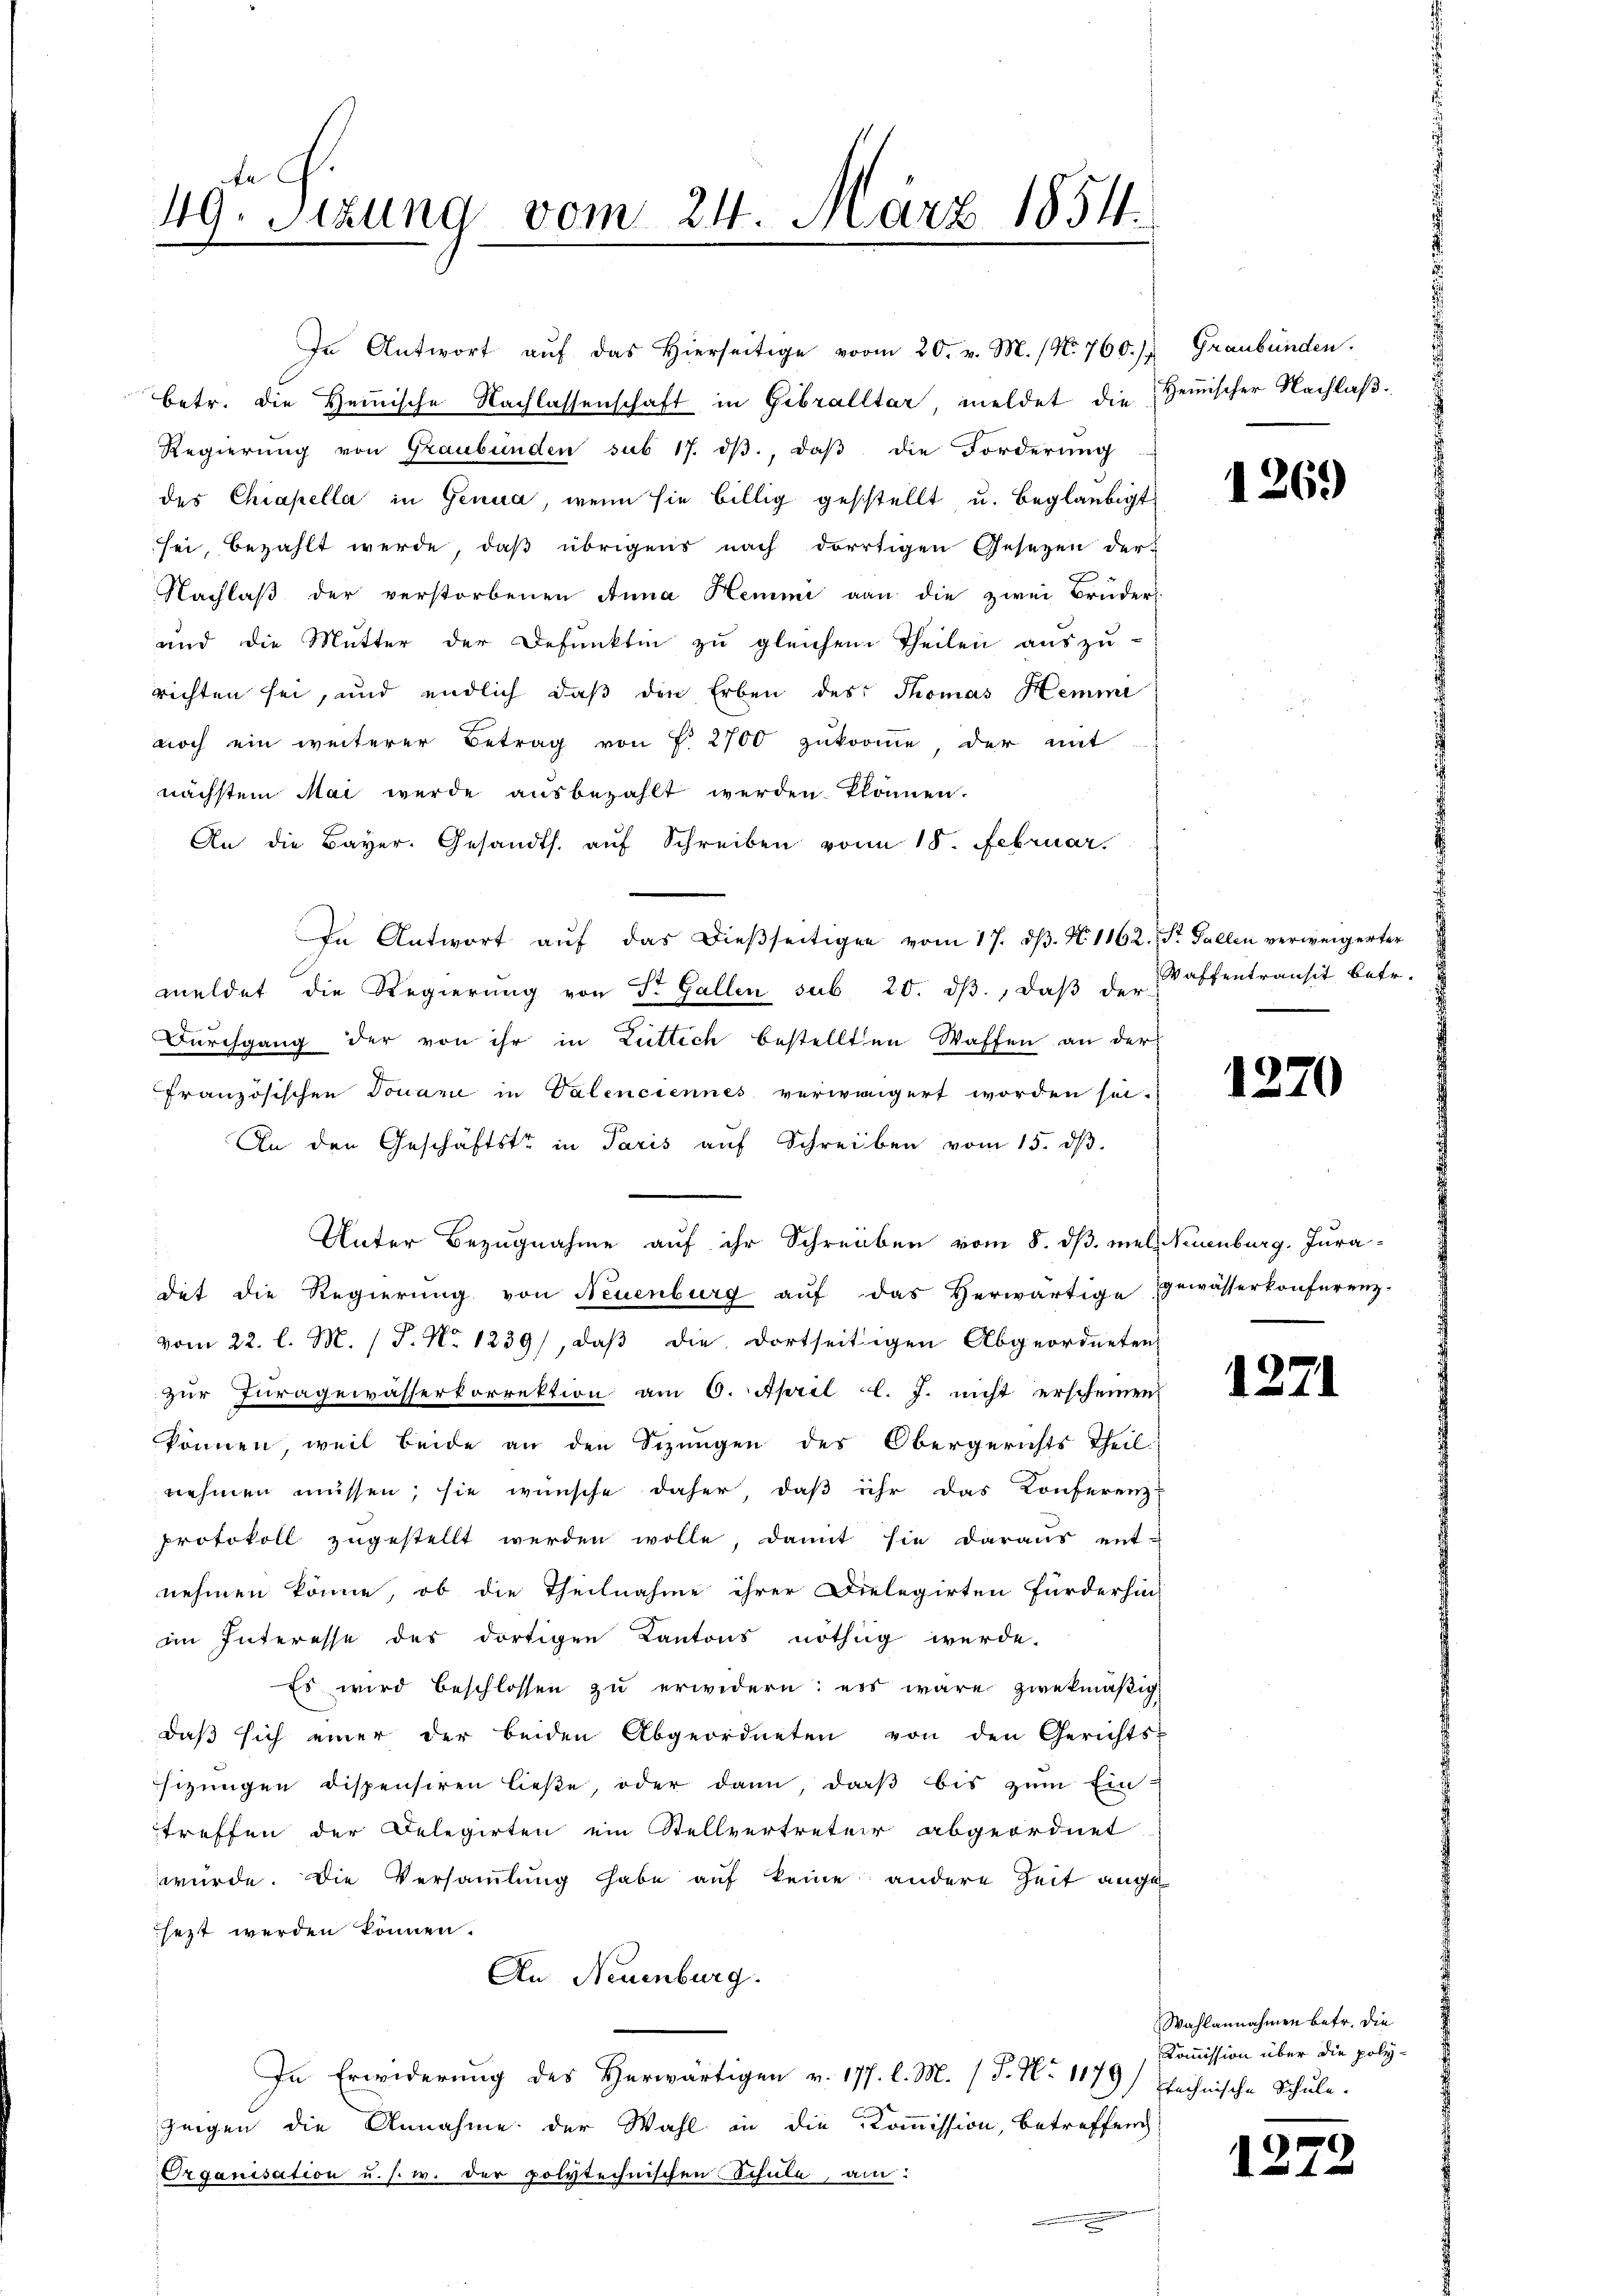
zu fr
49. Sizung vom 24. März 1854.

In Antwort aŭf das hierseitige vom 20. v. M. (N. 760.) Graubünden.
betr. die Heinische Nachlassenschaft in Gebralltar, meldet die Hemischer Nachlaß¬
Regierŭng von Graubünden sub 17. dβ, daβ die Forderŭng
des Chiapella in Genua, wenn sie billig gestellt u. beglaubigt
sei, bezahlt werde, daß übrigens nach dortigen Gesetzen der
Nachlaβ der verstorbenen Anna Hemmi van die zwei Brüder
und die Mutter der Defunkten zu gleichem Theilen auszu-
richten sei, und endlich daß den Erben des Thomas Hemmi
noch ein weiterer Betrag von P. 2700 zukomme, der mit
nächstem Mai wurde ausbezahlt werden Plänen.
An die Bayer. Gesandts. aŭf Schreiben vom 18. Februar.
In Antwort aŭf das dießseitigen vom 17. dβ. N. 1162.
meldet die Regierung von St. Gallen sub 20. dβ, daβ der
Durchgang der von ihr in Luttich bestellten Waffen an der
französischen Douane in Valenciennes verweigert worden sei.
An den Geschäftste in Paris aŭf Schreiben vom 15. dβ.
Unter Bezugnahme auf ihr Schreiben vom 8. dß. mel Neuenburg, Jura-
det die Regierung von Neuenburg aŭf das herwärtige Gewässerkonferenz-
vom 22. l. M. (T. No 1239), daß die dortseitigen Abgeordneten
zur Juragewässerkorrektion am 6. April l. J. nicht erscheinen
können, weil beide an den Sizungen des Obergerichts Theil.
nehmen müssen; sie wünsche daher, daß ihr das Konferenz-
protokoll zugestellt werden wolle, damit sie daraus ent-
nehmen könne, ob die Theilnahme ihrer Dielegirten Fürderhin-
im Interesse des dortigen Kantons nöthig werde.
Es wird beschlossen zŭ erwidern: es wäre zwekmäßig
daβ sich einer der beiden Abgeordneten von den Gerichts-
sizungen dispensiren ließe, oder dann, daβ bis zŭm Ein-
treffen der Delegirten ein Stellvertreter abgeordnet
würde. Die Versammlung habe auf keine andere Zeit ange
sezt werden können.
An Neuenburg.
In Erwiderung des Herwärtigen v. 177. l. M. (T. No 1179) technische Schule-
Zeigen die Annahme der Wahl in die Kommission, betreffend
Organisation u. s. w. der polytechnischen Schule, an:

1269

St. Gallen verweigerter
Waffentransit betr.

1270

1271

.
1

Wahlannahmen betr. die
Kommission über die poly¬

.